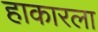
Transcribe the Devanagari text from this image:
हाकारला